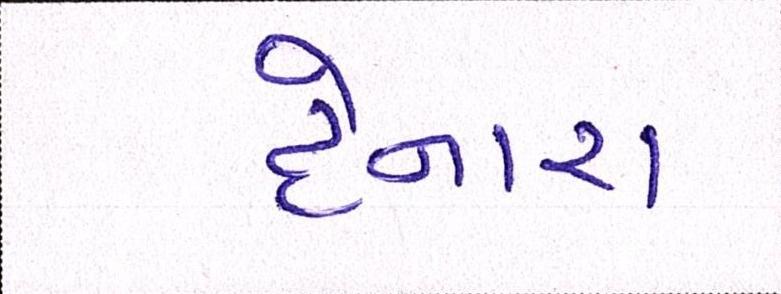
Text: દેનારા